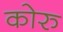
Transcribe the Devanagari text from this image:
कोरु